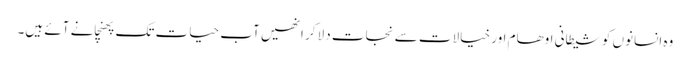
وہ انسانوں کو شیطانی اوھام اور خیالات سے نجات دلا کر انھیں آب حیات تک پھنچانے آئے ہیں۔